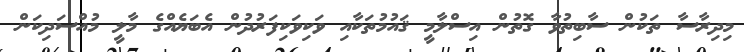
މިދިރާސާ ތަކުން ސާބިތުވާ ގޮތުން އިސްލާމީ ޤައުމުތަކާއި ވަކިވަކިފަރުދުން އެބަޔެއްގެ މާލީ މުއްސަދިކަން